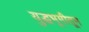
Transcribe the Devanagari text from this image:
युद्धभूमीतून